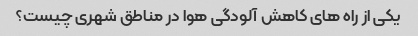
یکی از راه های کاهش آلودگی هوا در مناطق شهری چیست؟